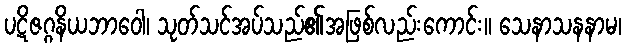
ပဋိဇဂ္ဂနိယဘာဝေါ၊ သုတ်သင်အပ်သည်၏အဖြစ်လည်းကောင်း။ သေနာသနနာမ၊